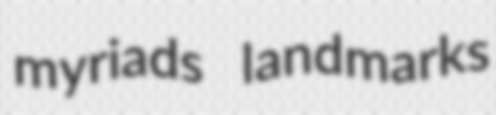
myriads landmarks